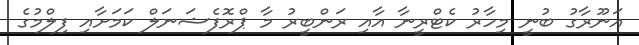
އަނޫރާގު ބުނީ މިހާރު ކެޓްރީނާ އާއި ރަންބީރު މާ ޕްރޮފެޝަނަލް ކަމަށާއި ފިލްމުގެ